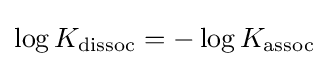
\log K_{\text{dissoc}}=-\log K_{\text{assoc}}